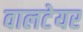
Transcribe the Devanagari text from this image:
वालटेयर